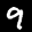
Label: 9